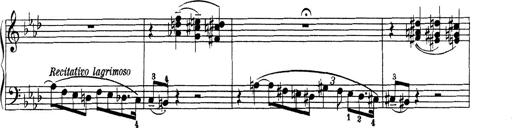
Title: Variationen Ã¼ber das Motiv von Bach
Composer: Franz Liszt